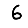
Digit: 6